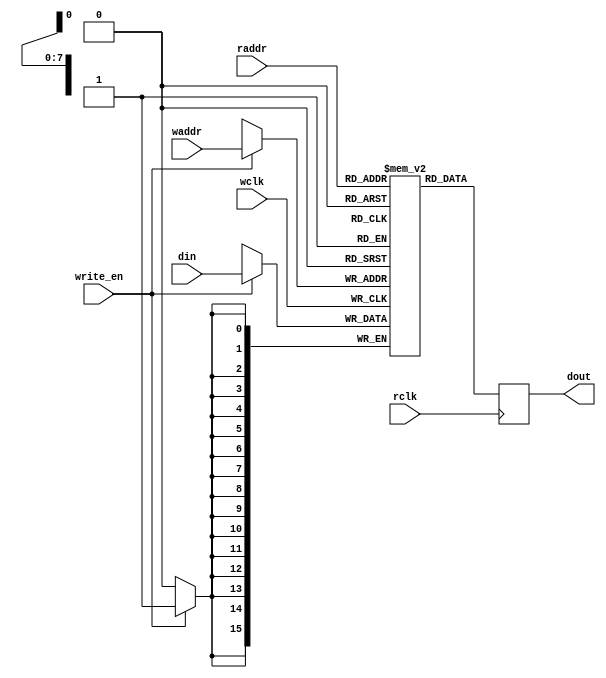
//=============================================================================
// Copyright(c) 2016 Lattice Semiconductor Corporation. All rights reserved. 
//=============================================================================
// Module:         RAM_PDP_256x16 
// Content:        
//  
//                 
// History:
// 2016-05-01:     Harvey Zhao        first edition.
//     
//=============================================================================


module RAM_PDP_256x16 (
    din,
    write_en,
    waddr, 
    wclk, 
    raddr, 
    rclk, 
    dout
); 

//`ifdef SVP_ICE
/*
    parameter addr_width = 8; 
    parameter data_width = 16; 
    
    input [addr_width-1:0] waddr, raddr; 
    input [data_width-1:0] din; 
    input write_en, wclk, rclk; 
    output [data_width-1:0] dout;

    SB_RAM256x16    ram256x16_inst (
    .RDATA(dout[15:0]),
    .RADDR(raddr[7:0]),
    .RCLK(rclk),
    .RCLKE(1'b1),
    .RE(1'b1),
    .WADDR(waddr[7:0]),
    .WCLK(wclk),
    .WCLKE(1'b1),
    .WDATA(din[15:0]),
    .WE(write_en),
    .MASK(16'b0000000000000000)
    );
    defparam ram256x16_inst.INIT_0 = 256'h0000000000000000000000000000000000000000000000000000000000000000;
    defparam ram256x16_inst.INIT_1 = 256'h0000000000000000000000000000000000000000000000000000000000000000;
    defparam ram256x16_inst.INIT_2 = 256'h0000000000000000000000000000000000000000000000000000000000000000;
    defparam ram256x16_inst.INIT_3 = 256'h0000000000000000000000000000000000000000000000000000000000000000;
    defparam ram256x16_inst.INIT_4 = 256'h0000000000000000000000000000000000000000000000000000000000000000;
    defparam ram256x16_inst.INIT_5 = 256'h0000000000000000000000000000000000000000000000000000000000000000;
    defparam ram256x16_inst.INIT_6 = 256'h0000000000000000000000000000000000000000000000000000000000000000;
    defparam ram256x16_inst.INIT_7 = 256'h0000000000000000000000000000000000000000000000000000000000000000;
    defparam ram256x16_inst.INIT_8 = 256'h0000000000000000000000000000000000000000000000000000000000000000;
    defparam ram256x16_inst.INIT_9 = 256'h0000000000000000000000000000000000000000000000000000000000000000;
    defparam ram256x16_inst.INIT_A = 256'h0000000000000000000000000000000000000000000000000000000000000000;
    defparam ram256x16_inst.INIT_B = 256'h0000000000000000000000000000000000000000000000000000000000000000;
    defparam ram256x16_inst.INIT_C = 256'h0000000000000000000000000000000000000000000000000000000000000000;
    defparam ram256x16_inst.INIT_D = 256'h0000000000000000000000000000000000000000000000000000000000000000;
    defparam ram256x16_inst.INIT_E = 256'h0000000000000000000000000000000000000000000000000000000000000000;
    defparam ram256x16_inst.INIT_F = 256'h0000000000000000000000000000000000000000000000000000000000000000;
*/
//`else
    parameter addr_width = 8; 
    parameter data_width = 16; 
    
    input [addr_width-1:0] waddr, raddr; 
    input [data_width-1:0] din; 
    input write_en, wclk, rclk; 
    output [data_width-1:0] dout;
    
    reg [data_width-1:0] dout; 
    reg [data_width-1:0] mem [(1<<addr_width)-1:0] /* synthesis syn_ramstyle = "no_rw_check" */ ; 
    
    always @(posedge wclk) // Write memory. 
    begin if (write_en) 
        mem[waddr] <= din; // Using write address bus. 
    end 
    
    always @(posedge rclk) // Read memory. 
    begin
        dout <= mem[raddr]; // Using read address bus. 
    end
//`endif

endmodule